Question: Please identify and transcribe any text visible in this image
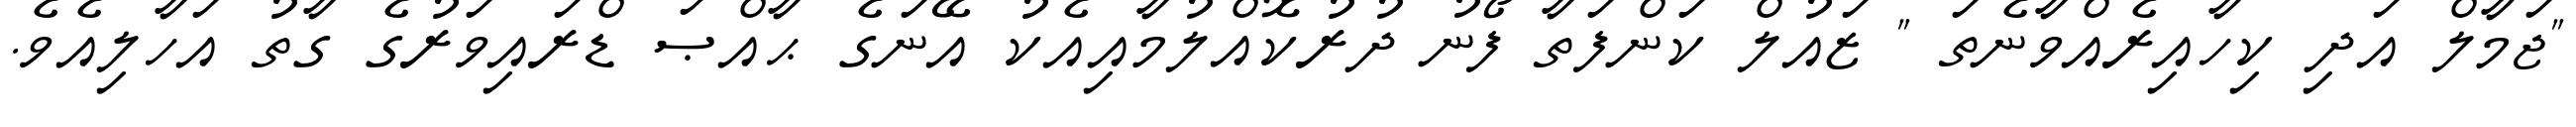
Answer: "ޖަމާލް އަދި ކިހާއިރެއްވާނެތަ " ޒައުލް ކަންފަތާ ފޯނު ދުރުކޮއްލުމާއިއެކު އޭނަގެ ޙާއްޞަ ޑްރައިވަރުގެ ގާތު އަހާލިއެވެ.